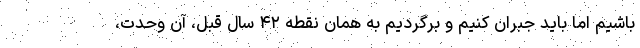
باشیم اما باید جبران کنیم و برگردیم به همان نقطه ۴۲ سال قبل، آن وحدت،